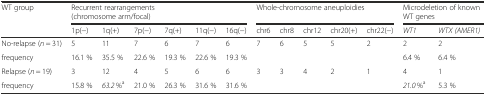
| <ROWSPAN=2> WT group | <COLSPAN=6> Recurrent rearrangements (chromosome arm/focal) | <COLSPAN=5> Whole-chromosome aneuploidies | <COLSPAN=2> Microdeletion of known WT genes |
 | 1p(−) | 1q(+) | 7p(−) | 7q(+) | 11q(−) | 16q(−) | chr6 | chr8 | chr12 | chr20(+) | chr22(−) | WT1 | WTX (AMER1) |
 | --- | --- | --- | --- | --- | --- | --- | --- | --- | --- | --- | --- | --- | --- |
 | No-relapse (n = 31) | 5 | 11 | 7 | 6 | 7 | 6 | 7 | 6 | 5 | 5 | 2 | 2 | 2 |
 | frequency | 16.1 % | 35.5 % | 22.6 % | 19.3 % | 22.6 % | 19.3 % |  |  |  |  |  | 6.4 % | 6.4 % |
 | Relapse (n = 19) | 3 | 12 | 4 | 5 | 6 | 6 | 3 | 3 | 4 | 2 | 1 | 4 | 1 |
 | frequency | 15.8 % | 63.2 %a | 21.0 % | 26.3 % | 31.6 % | 31.6 % |  |  |  |  |  | 21.0 %a | 5.3 % |